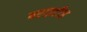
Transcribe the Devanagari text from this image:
बराइटीज